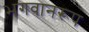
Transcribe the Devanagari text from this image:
भगवानरूप